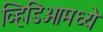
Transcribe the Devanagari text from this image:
व्हिडिओमध्ये